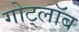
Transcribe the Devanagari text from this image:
गोट्लॉब